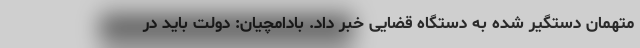
متهمان دستگیر شده به دستگاه قضایی خبر داد. بادامچیان: دولت باید در